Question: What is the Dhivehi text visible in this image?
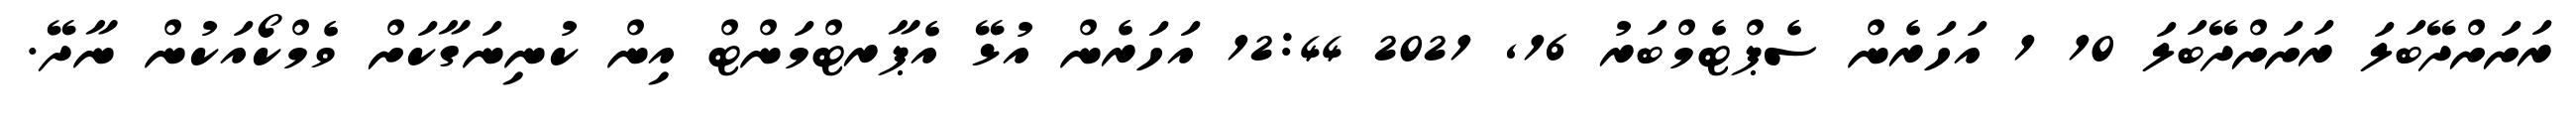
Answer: ރަށަށްދޭބަލަ ރަށަށްދޭބަލަ 10 1 އަހަރެން ސެޕްޓެމްބަރު 16, 2021 12:44 އަހަރެން އުޅޭ އެޕާރޓްމަންޓް އިން ކުނިނަގާކަށް ވެމްކޯއަކުން ނާދޭ.